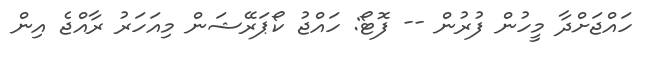
ހައްޖަށްދާ މީހުން ފުރުން -- ފޮޓޯ: ހައްޖު ކޯޕަރޭޝަން މިއަހަރު ރާއްޖެ އިން